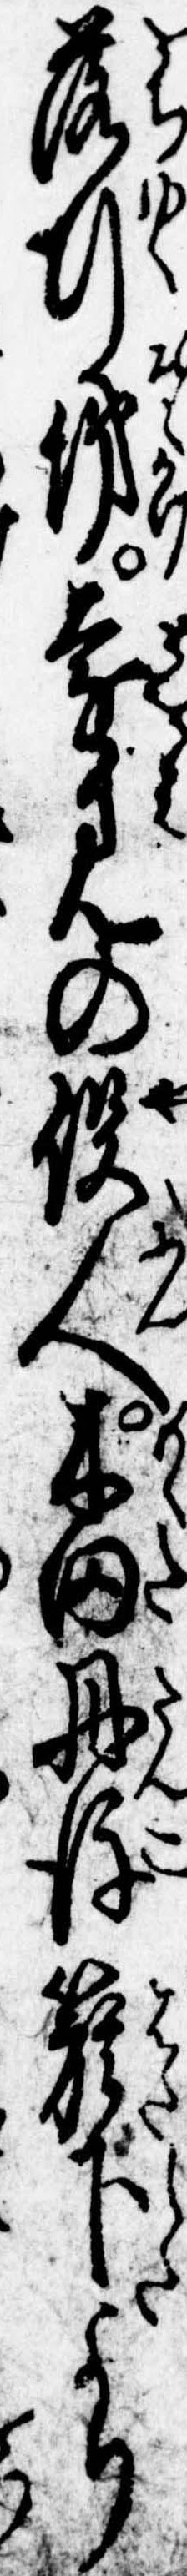
落行俤遠見の役人本田丹後旗下より